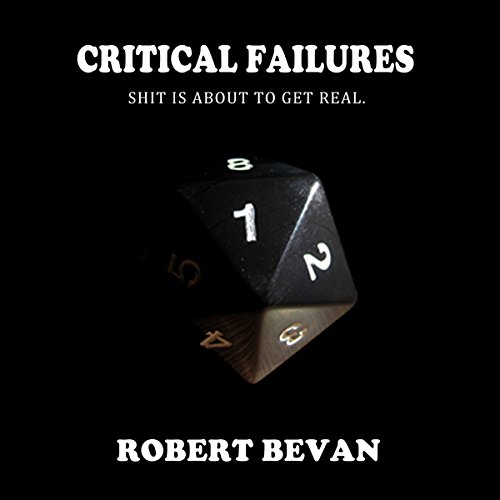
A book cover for Critical Failures: Caverns and Creatures, Book 1; Robert Bevan; Humor & Entertainment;